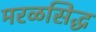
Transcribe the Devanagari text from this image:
मरळसिद्ध